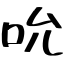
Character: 吮